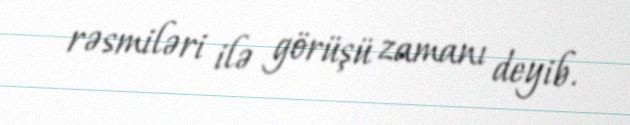
rəsmiləri ilə görüşü zamanı deyib.